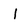
Character: 1